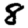
Digit: 8